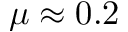
\mu \approx 0 . 2